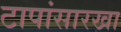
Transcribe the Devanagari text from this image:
टापांसारखा